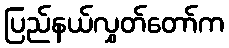
ပြည်နယ်လွှတ်တော်က